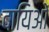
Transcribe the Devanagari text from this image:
दायिओं